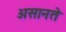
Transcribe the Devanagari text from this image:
असानते